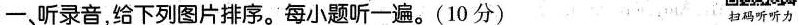
一、听录音，给下列图片排序。每小题听一遍。(10分) 扫码听听力